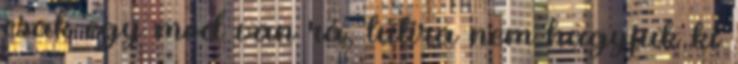
csak egy mód van rá, tutira nem hagyjuk ki